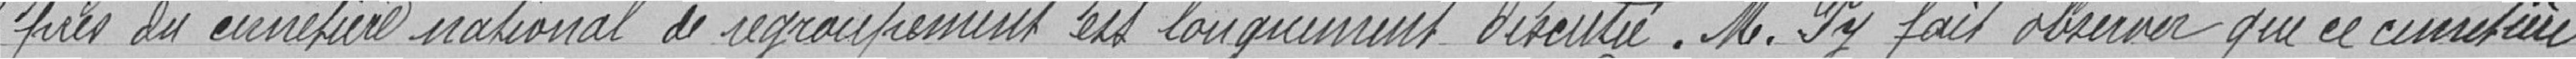
près du cimetière national de regroupement est longuement